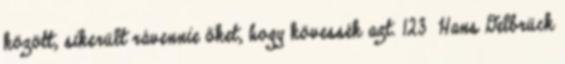
között, sikerült rávennie őket, hogy kövessék azt. 123 Hans Delbrück